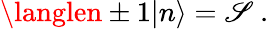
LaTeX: \langlen\pm1|n\rangle=\mathscr{S}\ .